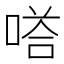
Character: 𭉙